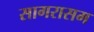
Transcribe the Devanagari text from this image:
सागरासम